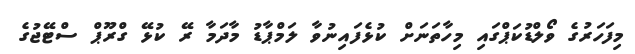
މިފަހަރުގެ ވޯލްޑުކަޕްގައި މިހާތަނަށް ކުޅެފައިނުވާ ލަމްޕާޑު މާދަމާ ރޭ ކުޅޭ ގްރޫޕް ސްޓޭޖުގެ